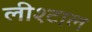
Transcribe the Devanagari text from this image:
लीश्टाल